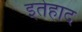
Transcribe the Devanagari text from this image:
इतेहाद